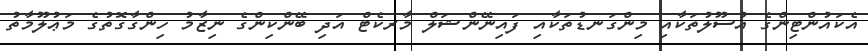
އެކައުންޓިންގެ އުސޫލުތަކާއި މިންގަނޑުތަކާއި ފައިނޭންޝަލް މާރކެޓް އަދި ބޭންކިންގެ ނިޒާމު ހިންގާގޮތުގެ މަޢުލޫމާތު